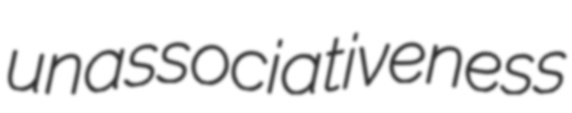
unassociativeness